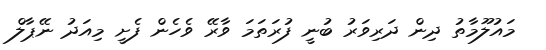
މައުލޫމާތު ދިން ދަރިވަރު ބުނީ ފުރަތަމަ ވާރޭ ވެހެން ފެށީ މިއަދު ނޭޕާލް